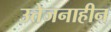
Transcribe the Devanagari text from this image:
उत्तेजनाहीन